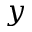
y